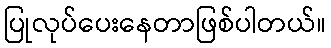
ပြုလုပ်ပေးနေတာဖြစ်ပါတယ်။